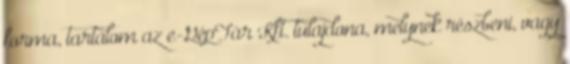
forma, tartalom az e-GépTár Kft. tulajdona, melynek részbeni, vagy